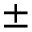
\pm